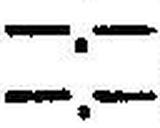
—.—